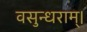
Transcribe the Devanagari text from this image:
वसुन्धराम्।